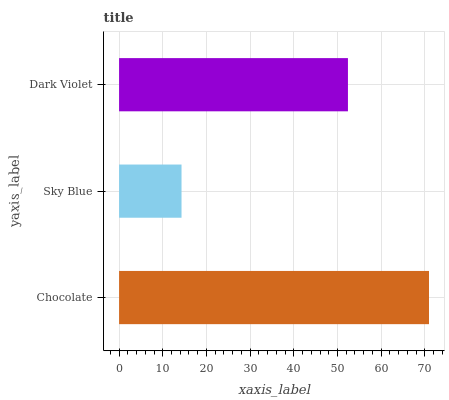
| yaxis_label | bars |
 | --- | --- |
 | Chocolate | 70.9 |
 | Sky Blue | 14.3 |
 | Dark Violet | 52.4 |